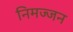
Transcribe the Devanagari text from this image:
निमज्‍जन